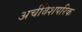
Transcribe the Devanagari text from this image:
अर्चबिशपरिक